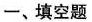
-、填空题